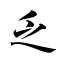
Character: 乏